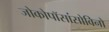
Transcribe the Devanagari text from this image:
जोकोपॉसांसोविनो